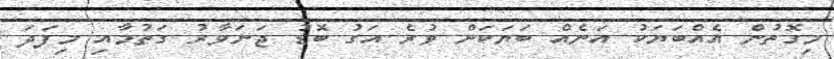
މިގޮތުން އެއްބަޔަކު އަނެއް ބަޔަކަށް ވުރެ އަގު ބޮޑު ޖަނަވާރު ގަތުމާއި މިފަދަ